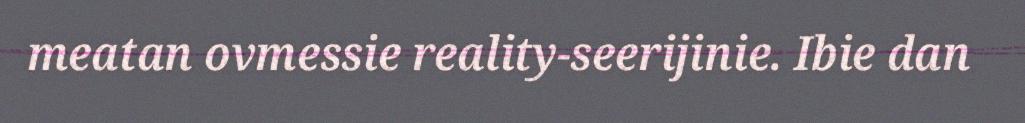
meatan ovmessie reality-seerijinie. Ibie dan